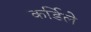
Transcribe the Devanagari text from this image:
कर्डिले